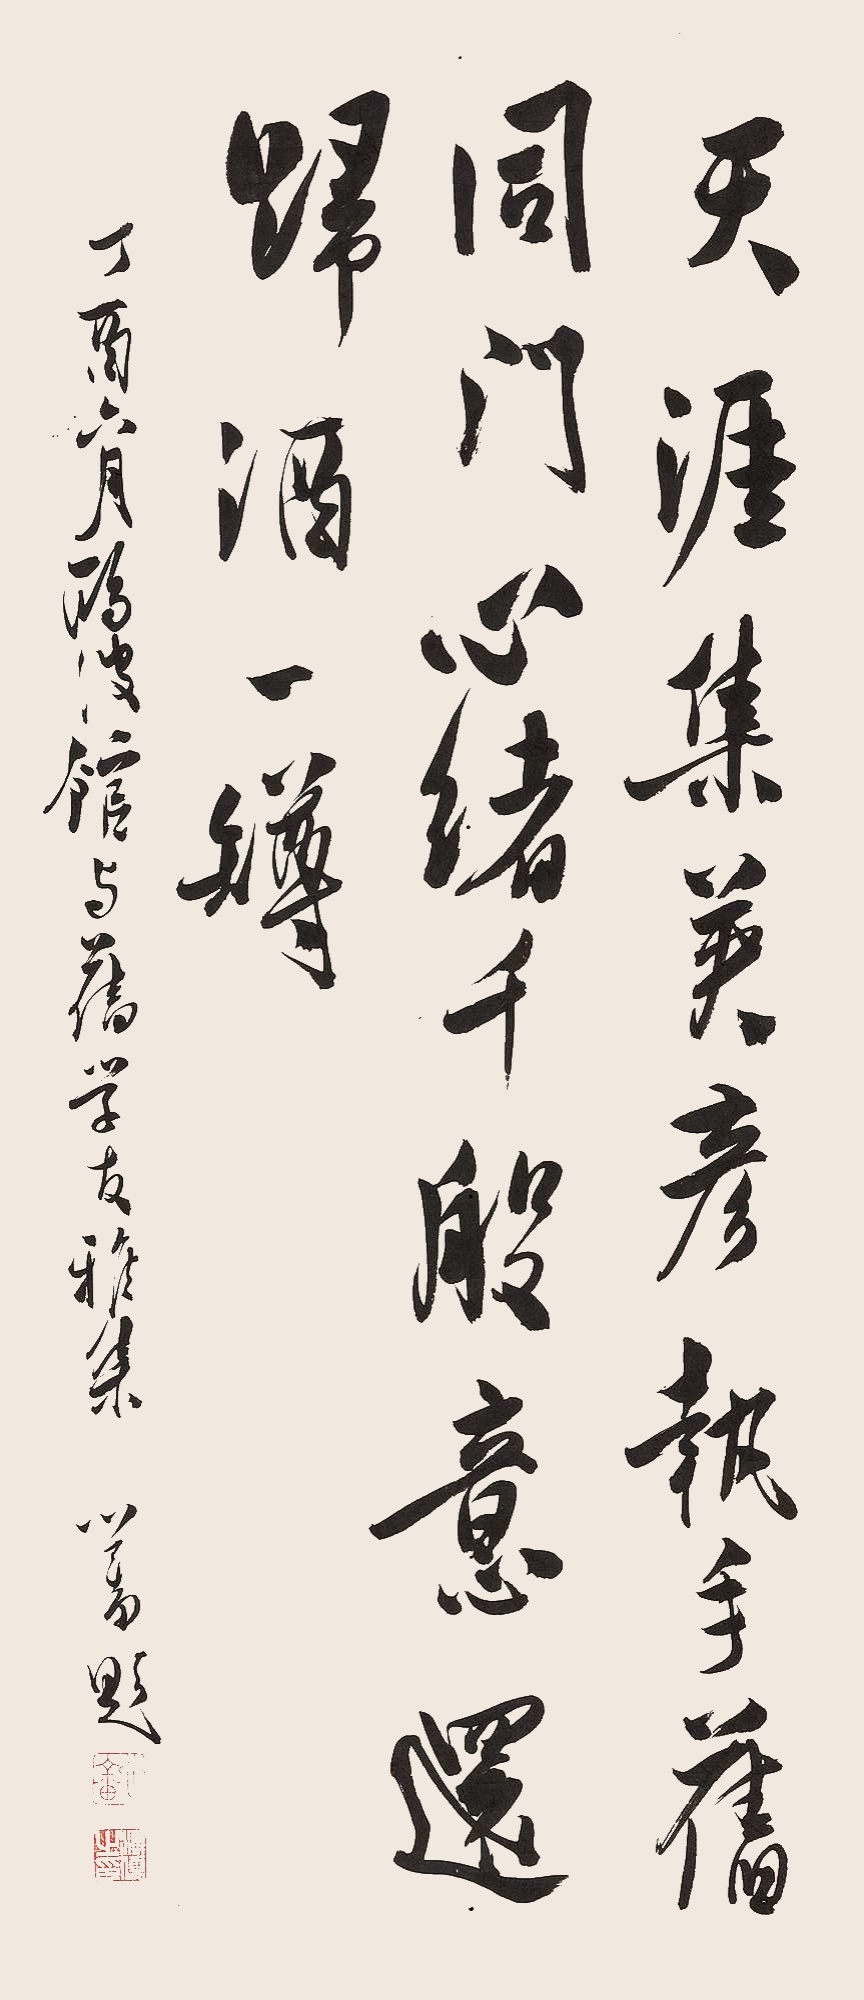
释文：天涯集英彦，执手旧同门。心绪千般意，还归酒一樽。丁酉六月欧波馆与旧学友雅集，心畲题。